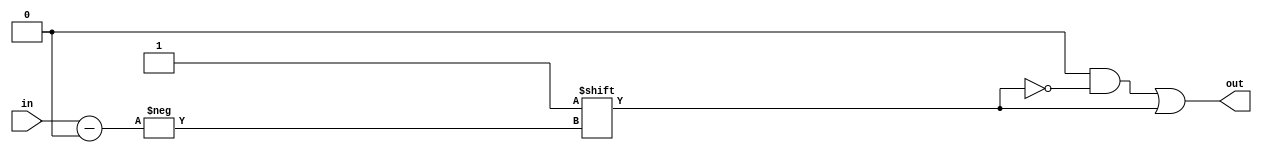
//**************************************************************************
// Generic Verilog Library: Decoders
//--------------------------------------------------------------------------
// $Id: vcDecoders.v,v 1.1.1.1 2006/02/17 23:57:17 cbatten Exp $
//

//--------------------------------------------------------------------------
// Decoder
//--------------------------------------------------------------------------

module vcDecoder
#(
  parameter W_IN  = 3, 
  parameter W_OUT = 8
) 
(
  input      [W_IN-1:0]  in, 
  output reg [W_OUT-1:0] out
);   

   always @(*) 
   begin
     out     = {W_OUT{1'b0}};
     out[in] = 1'b1;
   end

endmodule